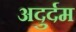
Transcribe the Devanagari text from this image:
अदुर्दम